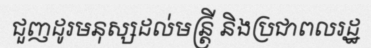
ជួញដូរមនុស្សដល់មន្ត្រី និងប្រជាពលរដ្ឋ